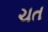
ચત